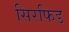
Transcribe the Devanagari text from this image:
सिरफिड